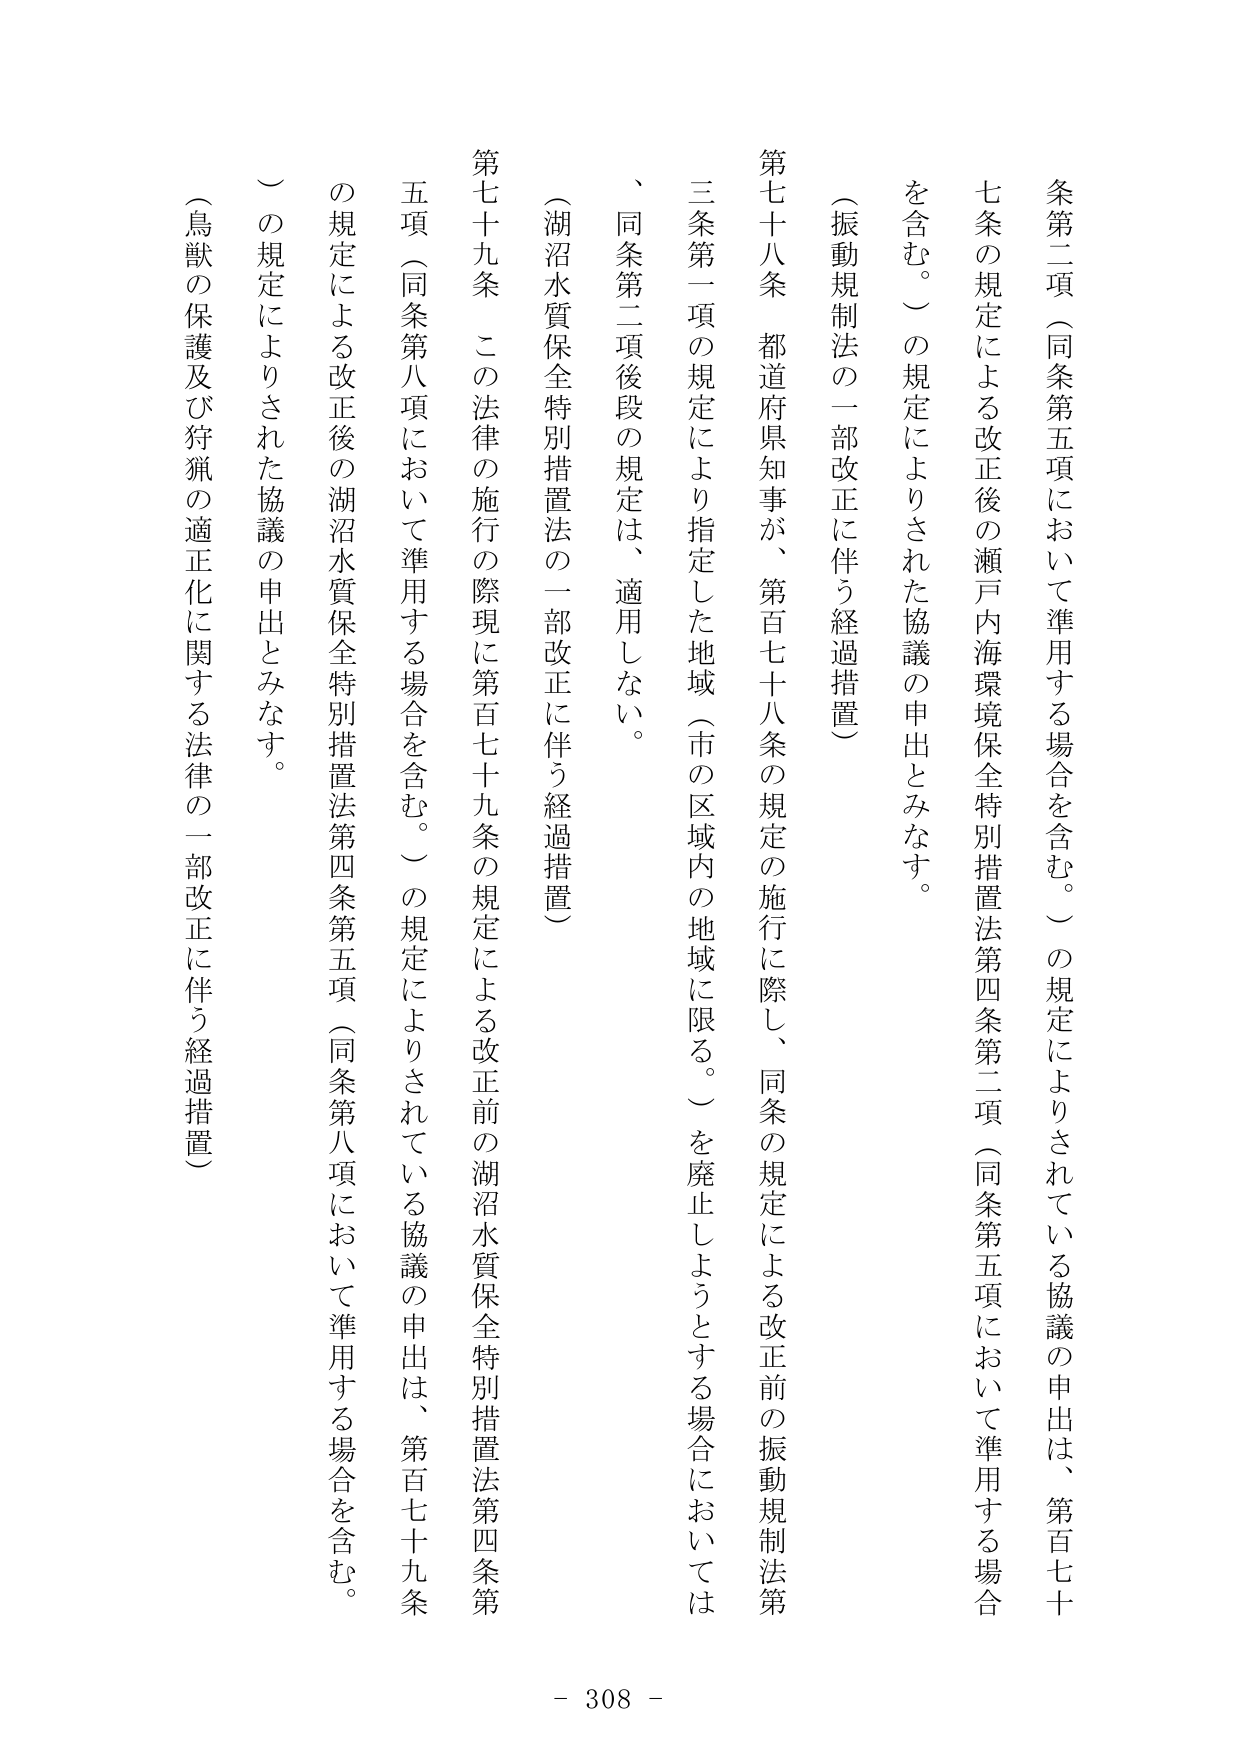
条第二項（同条第五項において準用する場合を含む。）の規定によりされている協議の申出は、第百七十
七条の規定による改正後の瀬戸内海環境保全特別措置法第四条第二項（同条第五項において準用する場合
を含む。）の規定によりされた協議の申出とみなす。
（振動規制法の一部改正に伴う経過措置）
第七十八条　都道府県知事が、第百七十八条の規定の施行に際し、同条の規定による改正前の振動規制法第
三条第一項の規定により指定した地域（市の区域内の地域に限る。）を廃止しようとする場合においては
、同条第二項後段の規定は、適用しない。
（湖沼水質保全特別措置法の一部改正に伴う経過措置）
第七十九条　この法律の施行の際現に第百七十九条の規定による改正前の湖沼水質保全特別措置法第四条第
五項（同条第八項において準用する場合を含む。）の規定によりされている協議の申出は、第百七十九条
の規定による改正後の湖沼水質保全特別措置法第四条第五項（同条第八項において準用する場合を含む。
）の規定によりされた協議の申出とみなす。
（鳥獣の保護及び狩猟の適正化に関する法律の一部改正に伴う経過措置）
- 308 -